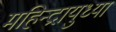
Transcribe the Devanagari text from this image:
महिन्द्रायुध्या